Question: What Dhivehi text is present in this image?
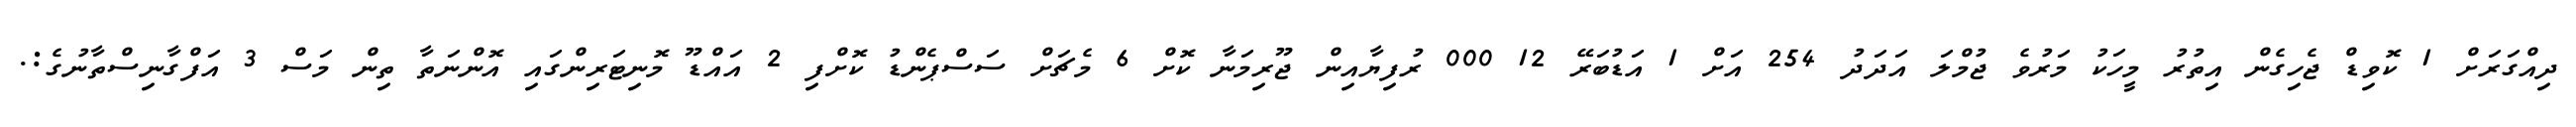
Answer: ދިއްގަރަށް 1 ކޮވިޑް ޖެހިގެން އިތުރު މީހަކު މަރުވެ ޖުމްލަ އަދަދު 254 އަށް 1 އަޑުބަރޭ 12 000 ރުފިޔާއިން ޖޫރިމަނާ ކޮށް 6 މެޗަށް ސަސްޕެންޑު ކޮށްފި 2 އައްޑޫ މޮނިޓަރިންގައި އޮންނަތާ ތިން މަސް 3 އަފްގާނިސްތާނުގެ:.